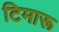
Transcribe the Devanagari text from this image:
टिमारू